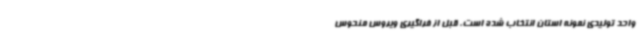
واحد تولیدی نمونه استان انتخاب شده است، قبل از فراگیری ویروس منحوس